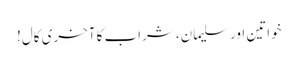
خواتین اور سلیمان، شراب کا آخری کال!